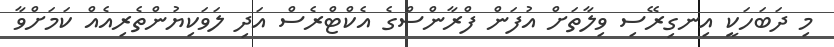
މި ދަބަހަކީ އިނގިރޭސި ވިލާތަށް އުފަން ފްރާންސްގެ އެކްޓްރެސް އަދި ލަވަކިޔުންތެރިއެއް ކަމަށްވާ